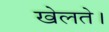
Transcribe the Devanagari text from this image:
खेलते।